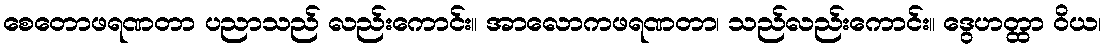
စေတောဖရဏတာ ပညာသည် လည်းကောင်း။ အာလောကဖရဏတာ၊ သည်လည်းကောင်း။ ဒွေဟတ္ထာ ဝိယ၊